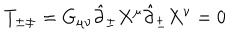
T _ { \pm \pm } = G _ { \mu \nu } \hat { \partial } _ { \pm } X ^ { \mu } \hat { \partial } _ { \pm } X ^ { \nu } = 0